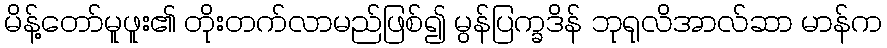
မိန့်တော်မူဖူး၏ တိုးတက်လာမည်ဖြစ်၍ မွန်ပြက္ခဒိန် ဘုရုလိအာလ်ဆာ မာန်က